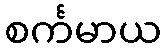
စင်္ကမာယ